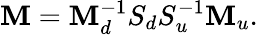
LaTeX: \mathbf{M}=\mathbf{M}_{d}^{-1}S_{d}S_{u}^{-1}\mathbf{M}_{u}.